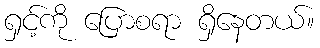
ရှင့်ကို ပြောစရာ ရှိနေတယ်။